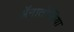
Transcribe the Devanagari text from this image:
ॲनातोलिया